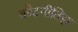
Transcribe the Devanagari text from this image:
कोटनीतिज्ञ